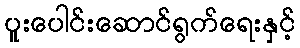
ပူးပေါင်းဆောင်ရွက်ရေးနှင့်